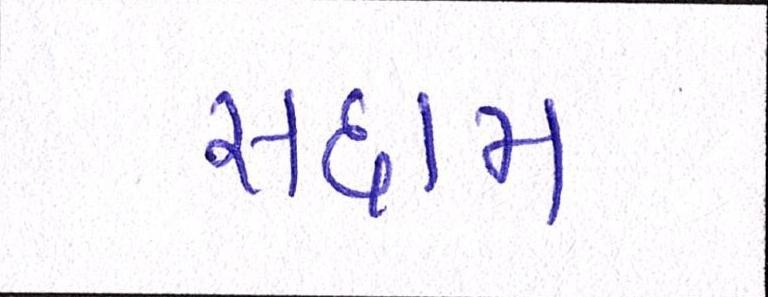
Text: સદ્દામ